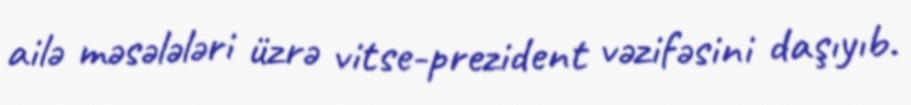
ailə məsələləri üzrə vitse-prezident vəzifəsini daşıyıb.